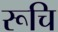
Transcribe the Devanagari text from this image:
रूचि